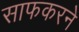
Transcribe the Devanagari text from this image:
साफकरने